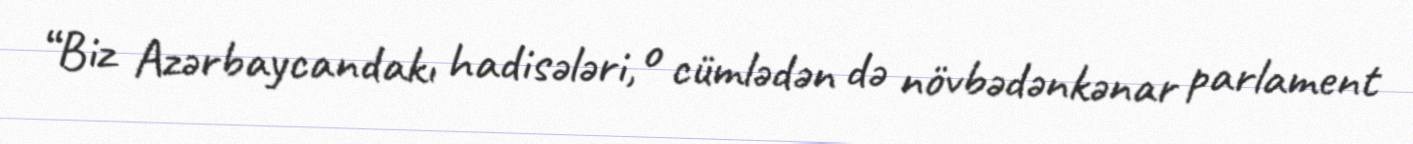
“Biz Azərbaycandakı hadisələri, o cümlədən də növbədənkənar parlament